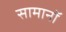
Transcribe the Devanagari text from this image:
सामानॉ